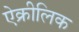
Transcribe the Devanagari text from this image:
ऐक्रीलिक